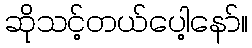
ဆိုသင့်တယ်ပေါ့နော်။